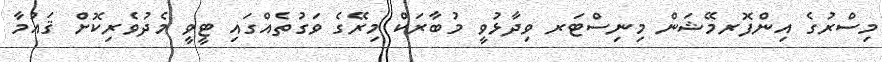
މިސްރުގެ އިންފޮރމޭޝަން މިނިސްޓަރ ވިދާޅުވީ މުބާރަކް މިރޭގެ ވަގުތެއްގައި ޓީވީ މެދުވެރިކޮށް ޤައުމާ